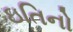
ઇતિનો